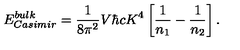
E _ { \small C a s i m i r } ^ { \small b u l k } = { \frac { 1 } { 8 \pi ^ { 2 } } } V \hbar c K ^ { 4 } \left[ { \frac { 1 } { n _ { 1 } } } - { \frac { 1 } { n _ { 2 } } } \right] .